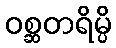
ဝစ္ဆတရိမ္ပိ